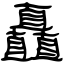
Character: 矗